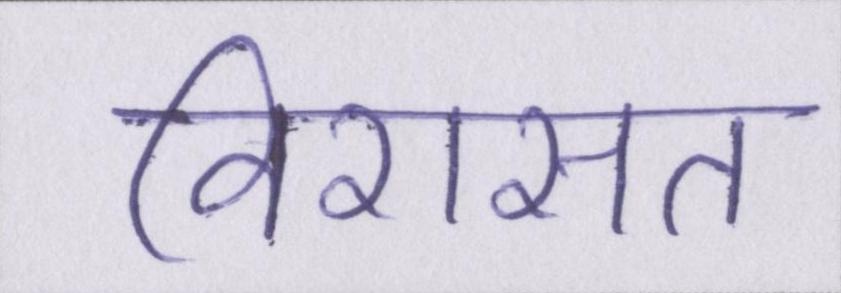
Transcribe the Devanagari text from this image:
विरासत